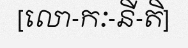
[លោ-កៈ-នី-តិ]